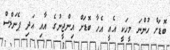
ބޮޑަށް ހުންނަ މީހަކީ އެއީ އެހާ ބޮޑަށް އިންޖީނުގެ އާއި އަދި ޕެނަލްސް